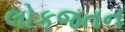
લોકજતન